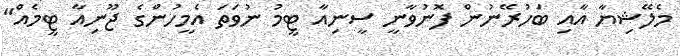
މެލޭޝިޔާ އާއި ބަހުރޭނުން ފޮނުވާނީ ސީނިއާ ޓީމު ނުވަތަ އެމީހުންގެ ޖޫނިއާ ޓީމެއް"